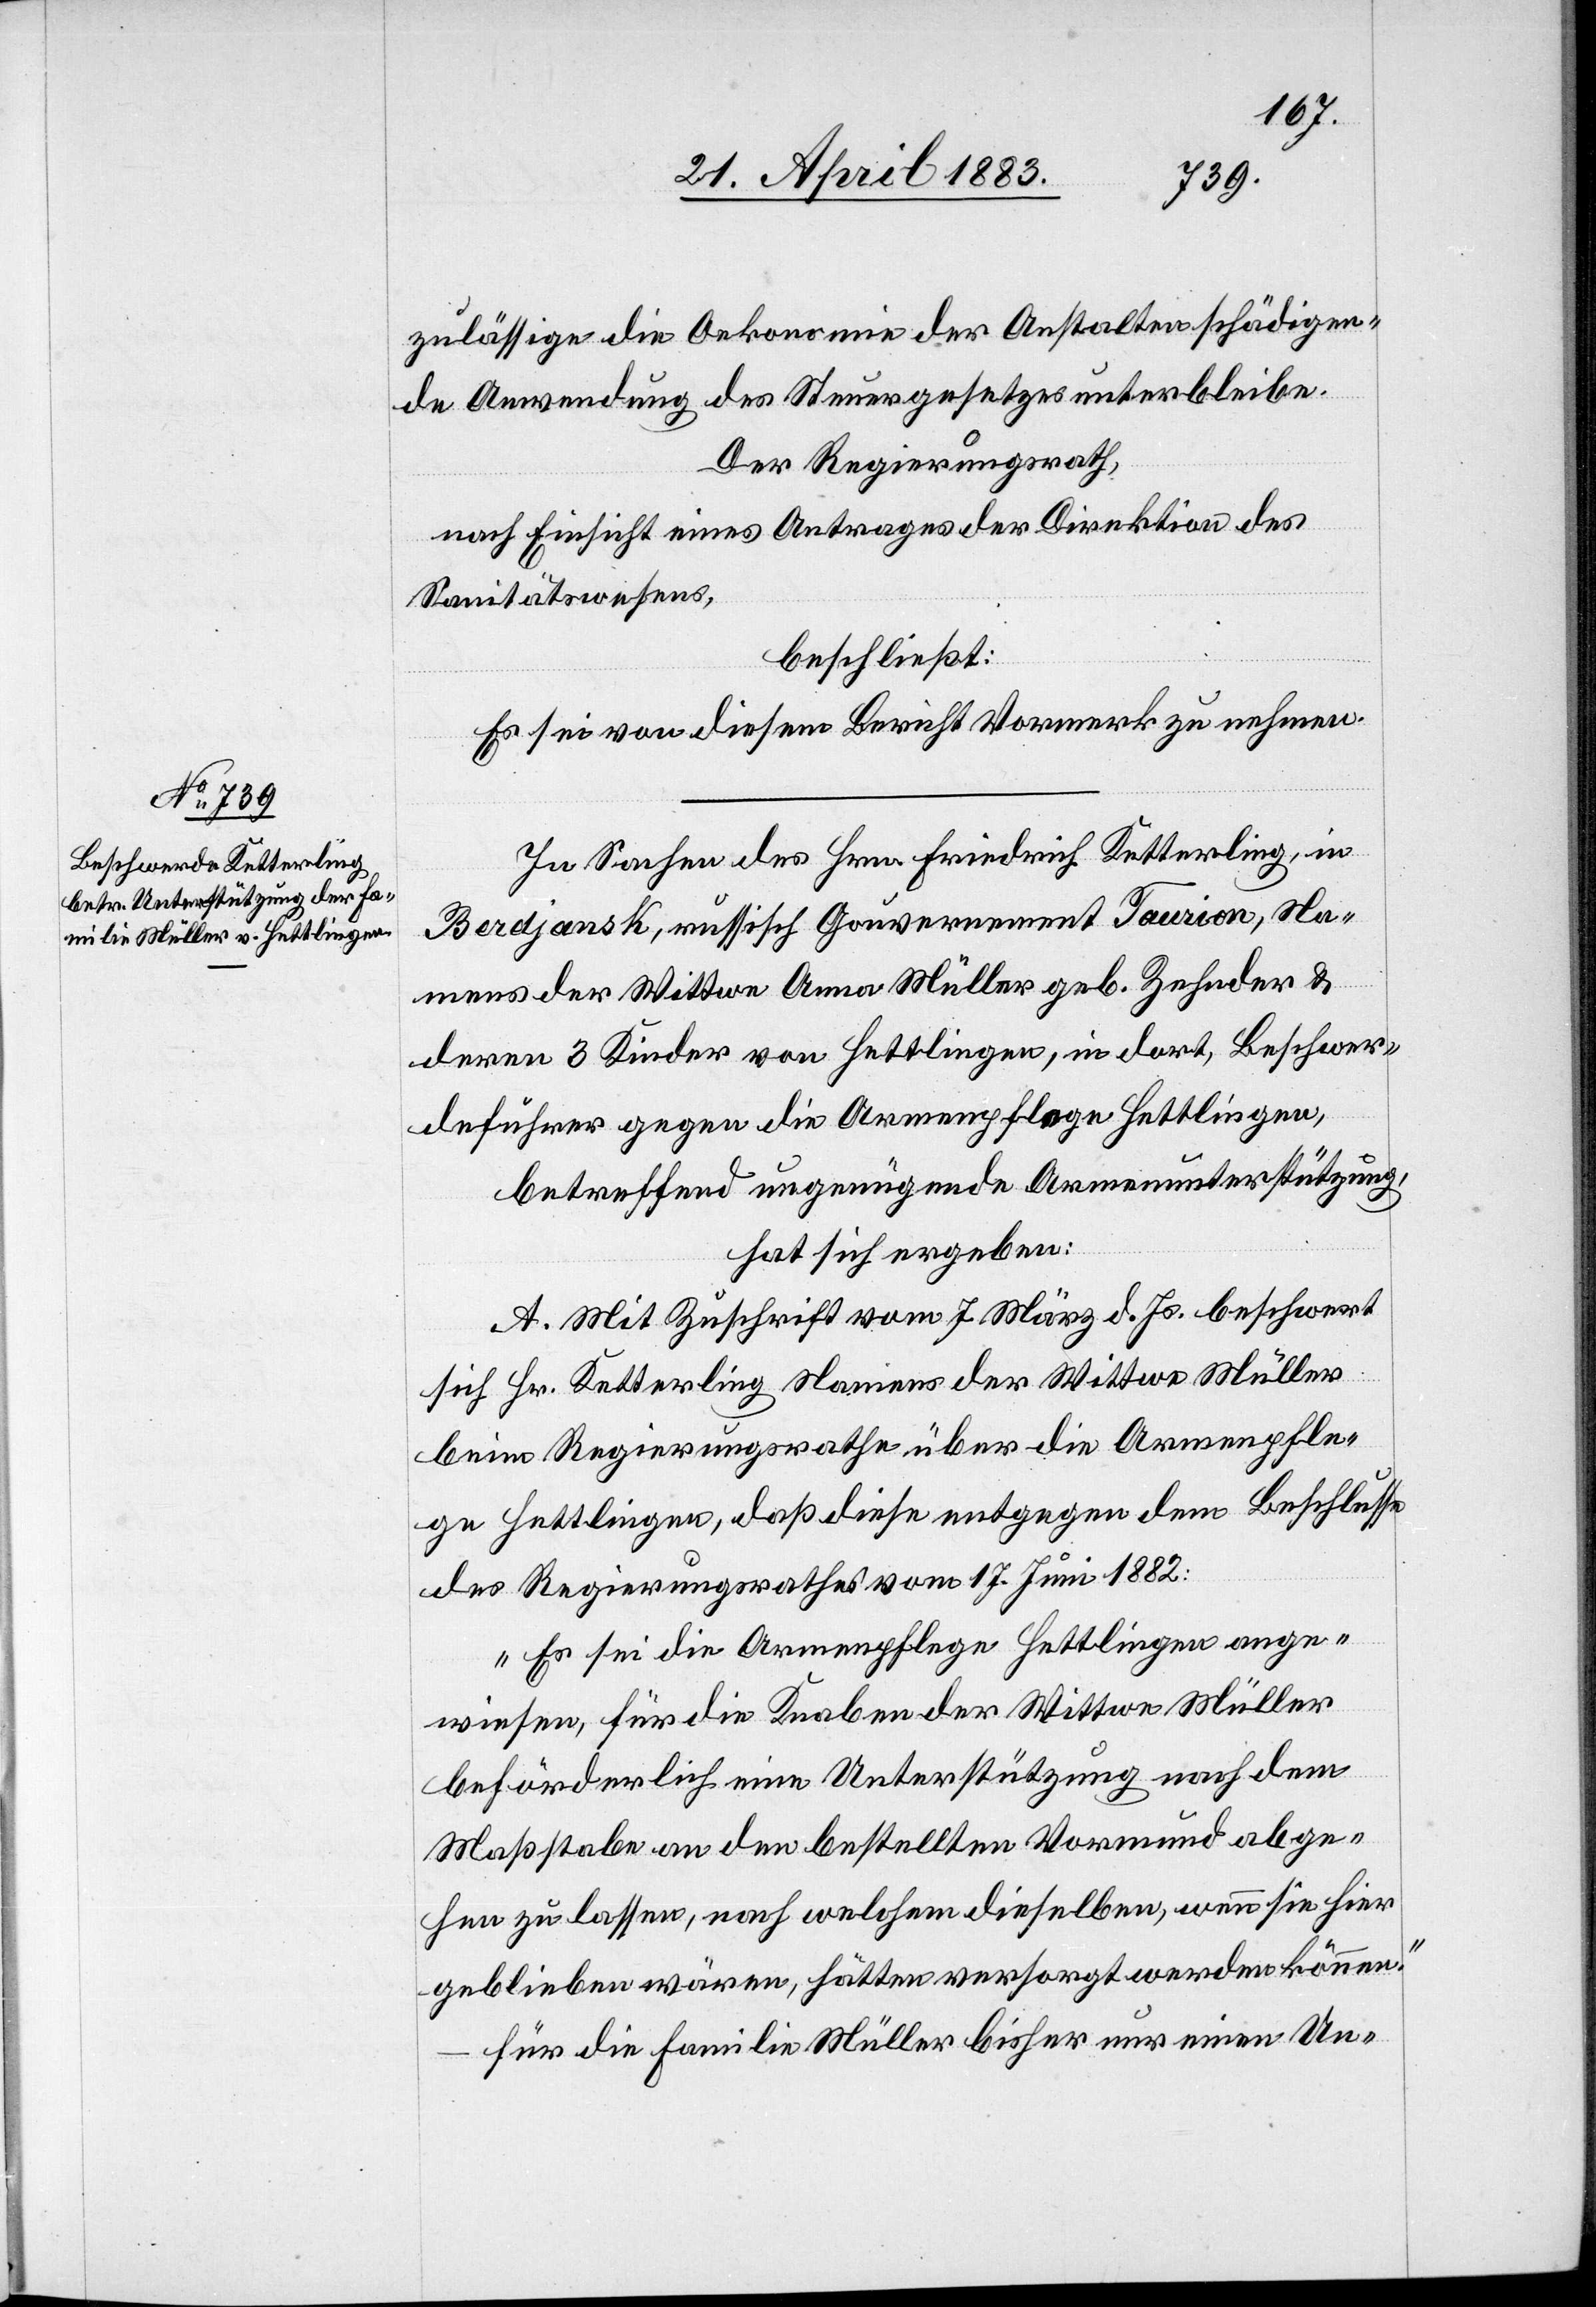
zuläßige die Oekonomie der Anstalten schädigen¬
de Anwendung des Steuergesetzes unterbleibe.
Der Regierungsrath,
nach Einsicht eines Antrages der Direktion des
Sanitätswesens,
beschließt:
Es sei von diesem Bericht Vormerk zu nehmen.
In Sachen des Hrn. Friedrich Ketterling, in
Berdjansk, russisch Gouvernement Taurion, Na¬
mens der Wittwe Anna Müller geb. Zehnder &
deren 3 Kinder von Hettlingen, in dort, Beschwer¬
deführer gegen die Armenpflege Hettlingen,
betreffend ungenügende Armenunterstützung,
hat sich ergeben:
A. Mit Zuschrift vom 7. März d. Js. beschwert
sich Hr. Ketterling Namens der Wittwe Müller
beim Regierungsrathe über die Armenpfle¬
ge Hettlingen, daß diese entgegen dem Beschlusse
des Regierungsrathes vom 17. Juni 1882:
„Es sei die Armenpflege Hettlingen ange¬
wiesen, für die Knaben der Wittwe Müller
beförderlich eine Unterstützung nach dem
Maßstabe an den bestellten Vormund abge¬
hen zu lassen, nach welchem dieselben, wenn sie hier
geblieben wären, hätten versorgt werden können.“
für die Familie Müller bisher nur einen Un-